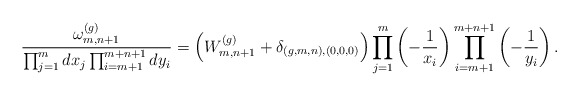
\begin{align*}\dfrac{\omega^{(g)}_{m,n+1}}{\prod_{j=1}^m dx_j\prod_{i=m+1}^{m+n+1} dy_i} = \left(W^{(g)}_{m,n+1}+\delta_{(g,m,n),(0,0,0)}\right)\prod_{j=1}^m \left(-\dfrac{1}{x_i}\right) \prod_{i=m+1}^{m+n+1} \left(-\dfrac{1}{y_i}\right).\end{align*}